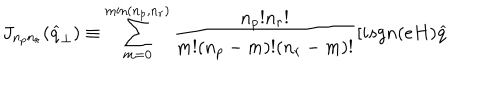
LaTeX: J _ { n _ { p } n _ { r } } ( \widehat { q } _ { \perp } ) \equiv \sum _ { m = 0 } ^ { \min ( n _ { p } , n _ { r } ) } \frac { n _ { p } ! n _ { r } ! } { m ! ( n _ { p } - m ) ! ( n _ { r } - m ) ! } [ i s g n ( e H ) \widehat { q }